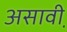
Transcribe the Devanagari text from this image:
असावी़